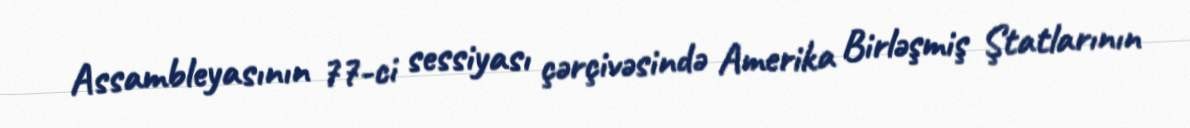
Assambleyasının 77-ci sessiyası çərçivəsində Amerika Birləşmiş Ştatlarının